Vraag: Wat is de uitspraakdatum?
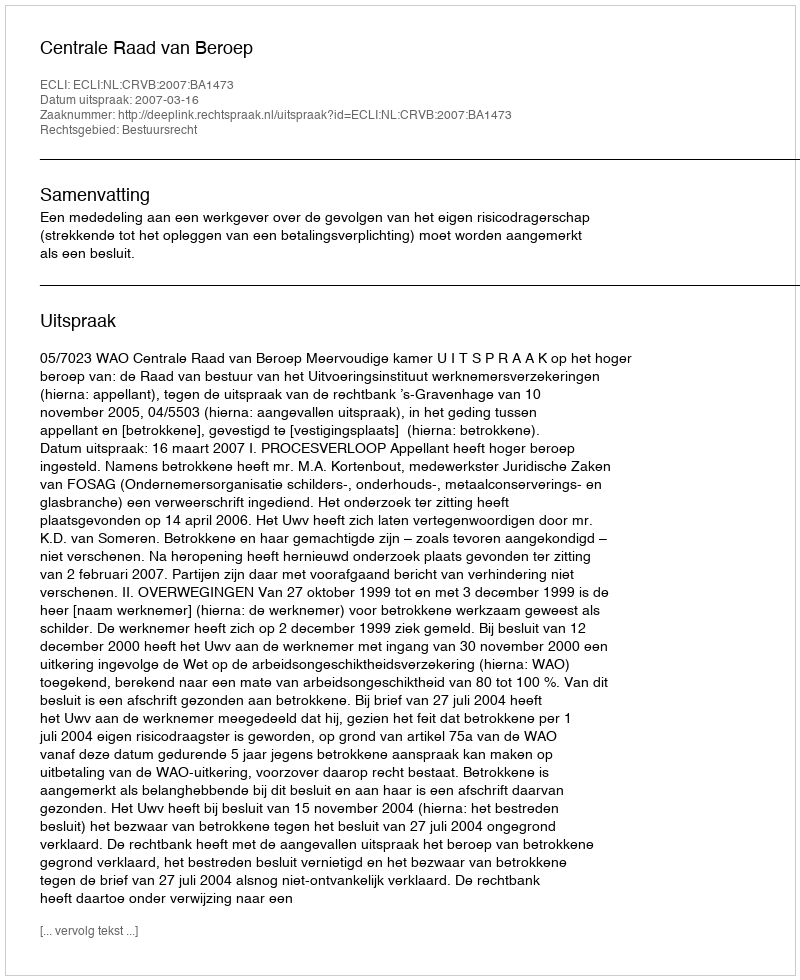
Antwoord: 2007-03-16